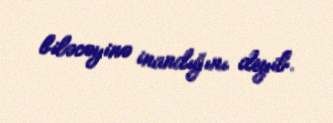
biləcəyinə inandığını deyib.